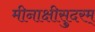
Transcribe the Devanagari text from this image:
मीनाक्षीसुदरम्